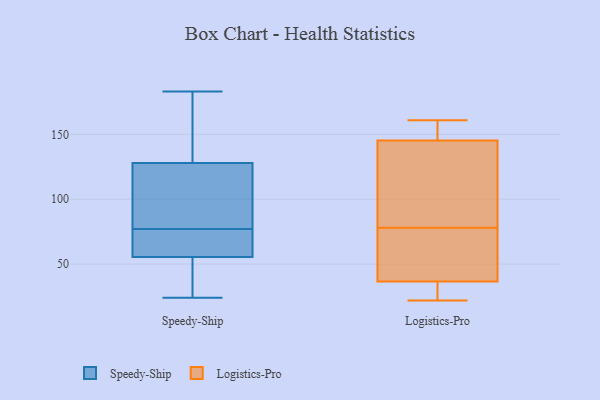
{"axis": {"x": "Budget (USD K)", "y": "Value"}, "legend": ["Logistics-Pro", "Speedy-Ship"], "data": [{"x": "", "y": 183, "type": "Speedy-Ship"}, {"x": "", "y": 28, "type": "Speedy-Ship"}, {"x": "", "y": 79, "type": "Speedy-Ship"}, {"x": "", "y": 58, "type": "Speedy-Ship"}, {"x": "", "y": 121, "type": "Speedy-Ship"}, {"x": "", "y": 83, "type": "Speedy-Ship"}, {"x": "", "y": 166, "type": "Speedy-Ship"}, {"x": "", "y": 77, "type": "Speedy-Ship"}, {"x": "", "y": 77, "type": "Speedy-Ship"}, {"x": "", "y": 24, "type": "Speedy-Ship"}, {"x": "", "y": 149, "type": "Speedy-Ship"}, {"x": "", "y": 56, "type": "Speedy-Ship"}, {"x": "", "y": 54, "type": "Speedy-Ship"}, {"x": "", "y": 22, "type": "Logistics-Pro"}, {"x": "", "y": 143, "type": "Logistics-Pro"}, {"x": "", "y": 35, "type": "Logistics-Pro"}, {"x": "", "y": 107, "type": "Logistics-Pro"}, {"x": "", "y": 31, "type": "Logistics-Pro"}, {"x": "", "y": 41, "type": "Logistics-Pro"}, {"x": "", "y": 78, "type": "Logistics-Pro"}, {"x": "", "y": 73, "type": "Logistics-Pro"}, {"x": "", "y": 161, "type": "Logistics-Pro"}, {"x": "", "y": 146, "type": "Logistics-Pro"}, {"x": "", "y": 148, "type": "Logistics-Pro"}]}